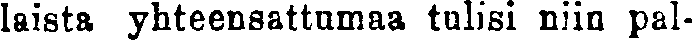
laista yhteensattumaa tulisi niin pal-